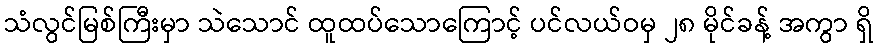
သံလွင်မြစ်ကြီးမှာ သဲသောင် ထူထပ်သောကြောင့် ပင်လယ်ဝမှ ၂၈ မိုင်ခန့် အကွာ ရှိ